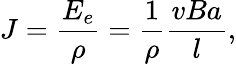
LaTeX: J=\frac{E_{e}}{\rho}=\frac{1}{\rho}\frac{vBa}{l},